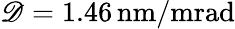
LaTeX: \mathscr{D}=1.46\, \mathrm{{nm/mrad}}